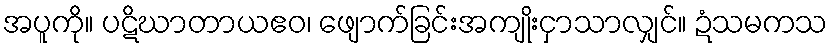
အပူကို။ ပဋိဃာတာယဧဝ၊ ဖျောက်ခြင်းအကျိုးငှာသာလျှင်။ ဍံသမကသ